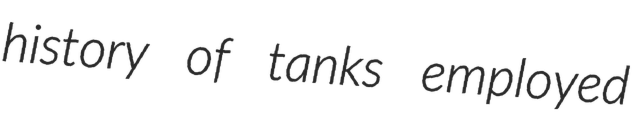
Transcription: history of tanks employed